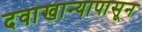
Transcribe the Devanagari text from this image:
दवाखान्यापासून